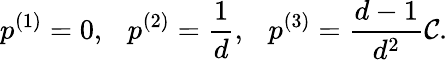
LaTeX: p^{(1)}=0,~~~p^{(2)}=\frac{1}{d},~~~p^{(3)}=\frac{d-1}{d^{2}}\mathcal{C}.